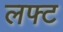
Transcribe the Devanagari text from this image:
लफ्ट